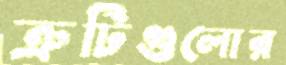
ত্রুটিগুলোর